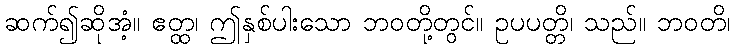
ဆက်၍ဆိုအံ့။ ဧတ္ထ၊ ဤနှစ်ပါးသော ဘဝတို့တွင်။ ဥပပတ္တိ၊ သည်။ ဘဝတိ၊